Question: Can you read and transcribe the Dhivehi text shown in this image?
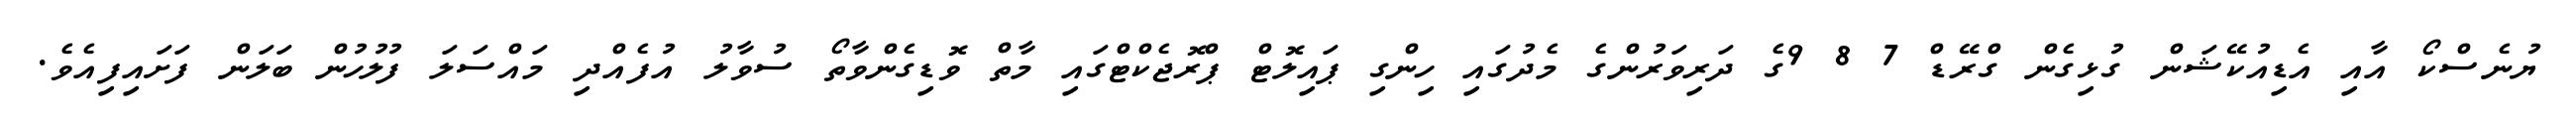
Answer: ޔުނެސްކޯ އާއި އެޑިއުކޭޝަން ގުޅިގެން ގްރޭޑް 7 8 9ގެ ދަރިވަރުންގެ މެދުގައި ހިންގި ޕައިލޮޓް ޕްރޮޖެކްޓްގައި މާތް ވޮޑިގެންވާތޯ ސުވާލު އުފެއްދި މައްސަލަ ފުލުހުން ބަލަން ފަށައިފިއެވެ.